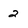
Character: 2